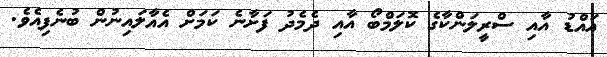
އައްޑު އާއި ސްރީލަންކާގެ ކޮލަމްބޯ އާއި ދެމެދު ފަށާނެ ކަމަށް އެއާލައިނުން ބުނެފިއެވެ.